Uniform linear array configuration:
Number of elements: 24
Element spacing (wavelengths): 0.25
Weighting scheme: kaiser
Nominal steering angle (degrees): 30
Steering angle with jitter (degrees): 28.668
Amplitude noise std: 0.05
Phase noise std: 0.05

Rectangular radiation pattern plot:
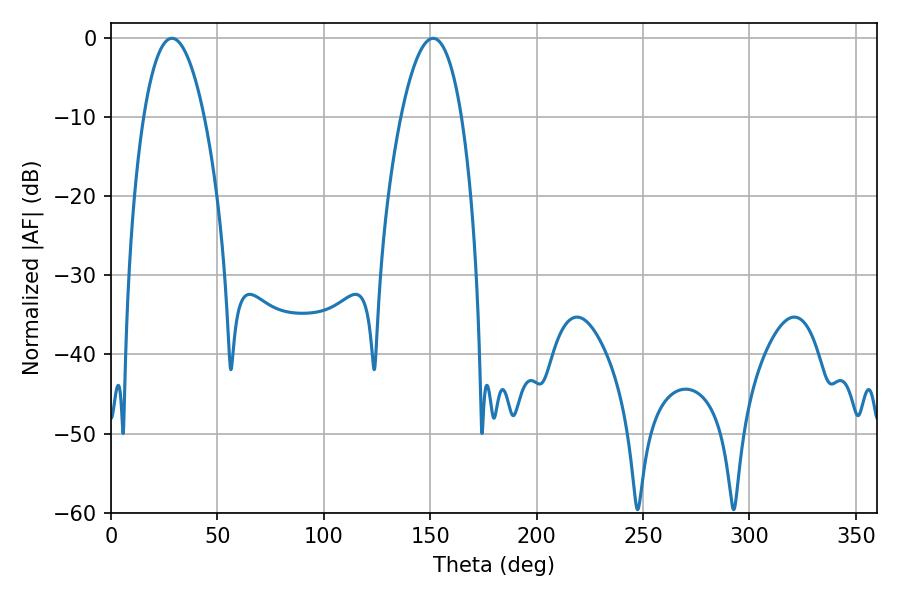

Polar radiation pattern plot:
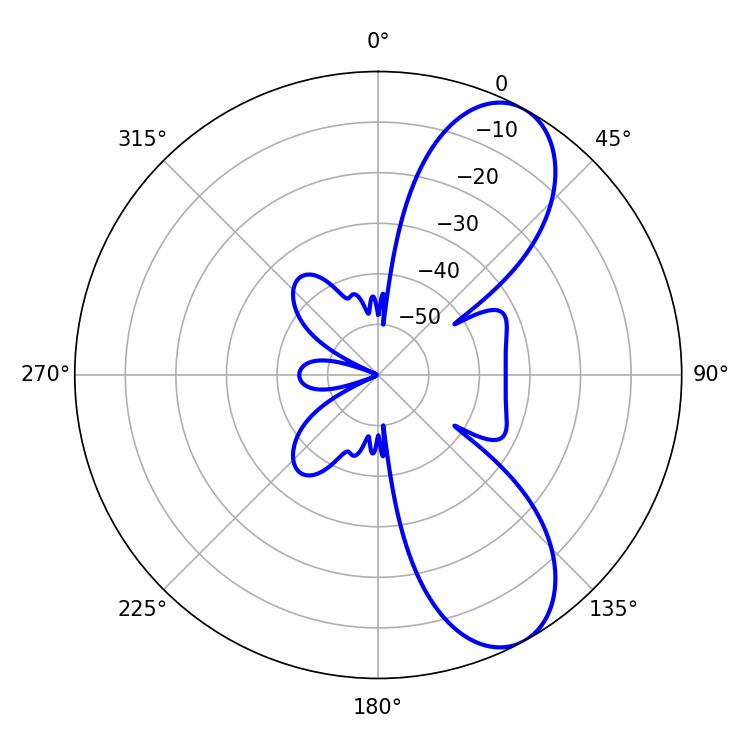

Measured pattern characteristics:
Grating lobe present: FALSE
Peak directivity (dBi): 8.46
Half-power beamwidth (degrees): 15.84
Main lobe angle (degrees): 28.62